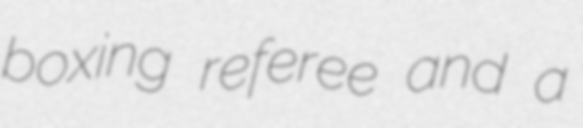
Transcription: boxing referee and a